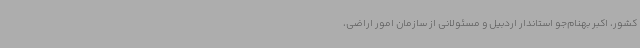
کشور، اکبر بهنام‌جو استاندار اردبیل و مسئولانی از سازمان امور اراضی،